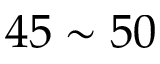
4 5 \sim 5 0